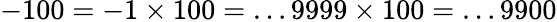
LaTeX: -100=-1\times 100=\dots 9999\times 100=\dots 9900